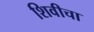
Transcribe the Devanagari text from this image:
शिवीचा